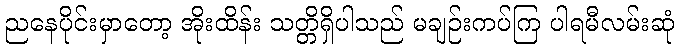
ညနေပိုင်းမှာတော့ အိုးထိန်း သတ္တိရှိပါသည် မချဉ်းကပ်ကြ ပါရမီလမ်းဆုံ